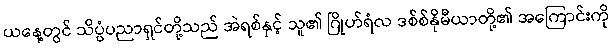
ယနေ့တွင် သိပ္ပံပညာရှင်တို့သည် အဲရစ်နှင့် သူ၏ ဂြိုဟ်ရံလ ဒစ်စ်နိုမီယာတို့၏ အကြောင်းကို